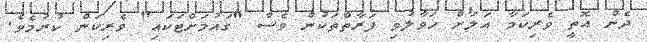
ދެން އޮތީ ވެރިކަމާ އަލަށް ހަވާލުވި ފަރާތްތަކުން ވެސް "ގައުމަށްޓަކައި" ވެރިކަން ކުރުމެވެ.